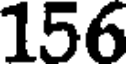
156